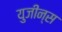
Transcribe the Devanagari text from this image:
युजीन्स